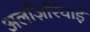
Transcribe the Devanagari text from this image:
अलज़िरियाई